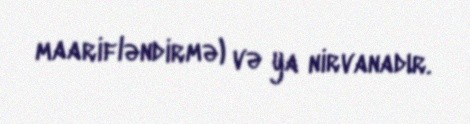
maarifləndirmə) və ya nirvanadır.